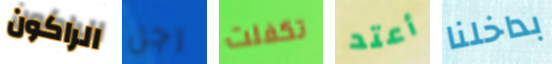
الراكون رجل تكفلت أعتد بداخلنا